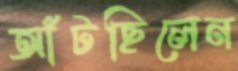
আঁটছিলেন